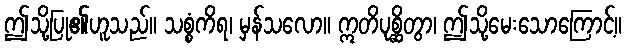
ဤသို့ပြု၏ဟူသည်။ သစ္စံကိရ၊ မှန်သလော။ ဣတိပုစ္ဆိတွာ၊ ဤသို့မေးသောကြောင့်။